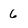
Character: 6